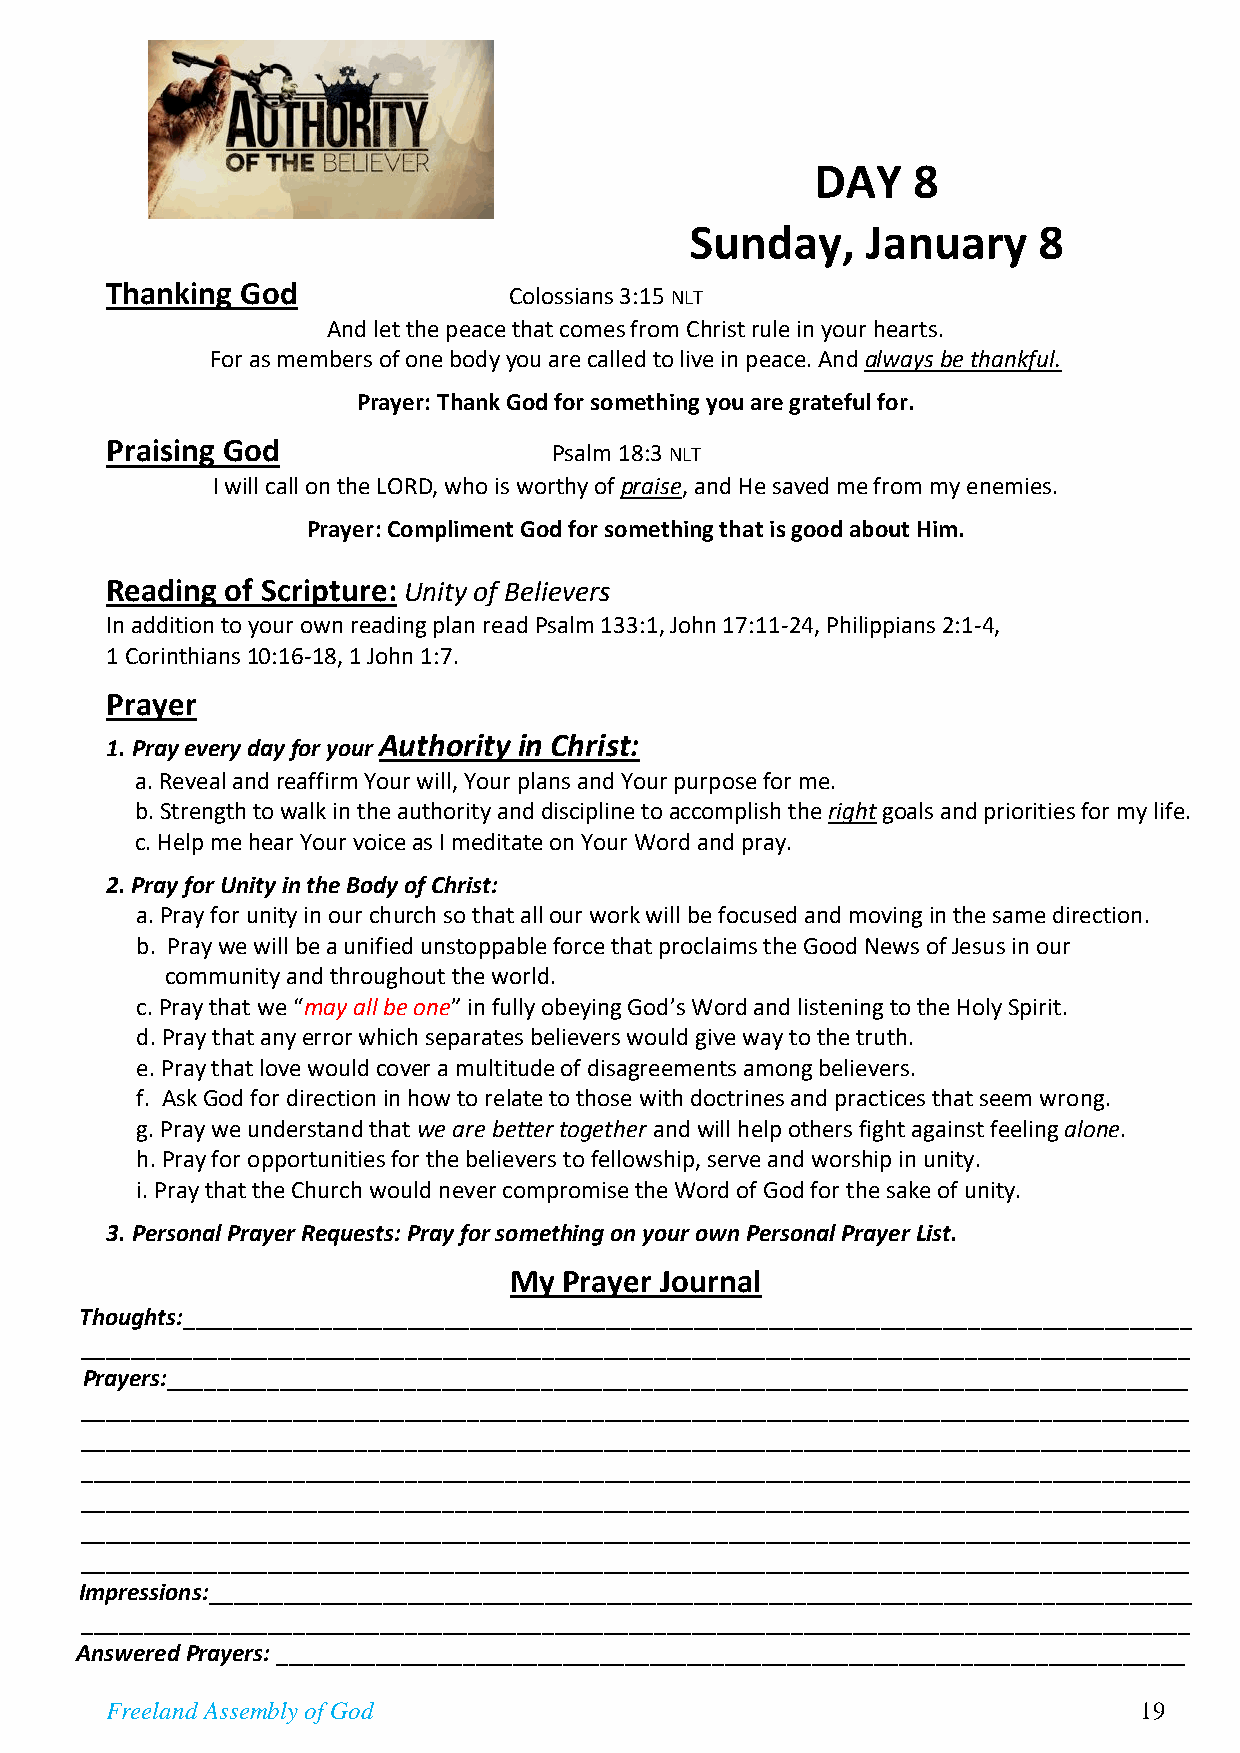
DAY   8
 Sunday,    January     8
 Thanking God               Colossians 3:15 NLT
 And let the peace that comes from Christ rule in your hearts.
 For as members of one body you are called to live in peace. And always be thankful.
 Prayer: Thank God for something you are grateful for.
 Praising God                  Psalm 18:3 NLT
 I will call on the LORD, who is worthy of praise, and He saved me from my enemies.
 Prayer: Compliment God for something that is good about Him.
 Reading of Scripture: Unity of Believers
 In addition to your own reading plan read Psalm 133:1, John 17:11-24, Philippians 2:1-4,
 1 Corinthians 10:16-18, 1 John 1:7.
 Prayer
 1. Pray every day for your Authority in Christ:
 a. Reveal and reaffirm Your will, Your plans and Your purpose for me.
 b. Strength to walk in the authority and discipline to accomplish the right goals and priorities for my life.
 c. Help me hear Your voice as I meditate on Your Word and pray.
 2. Pray for Unity in the Body of Christ:
 a. Pray for unity in our church so that all our work will be focused and moving in the same direction.
 b. Pray we will be a unified unstoppable force that proclaims the Good News of Jesus in our
 community and throughout the world.
 c. Pray that we “may all be one” in fully obeying God’s Word and listening to the Holy Spirit.
 d. Pray that any error which separates believers would give way to the truth.
 e. Pray that love would cover a multitude of disagreements among believers.
 f. Ask God for direction in how to relate to those with doctrines and practices that seem wrong.
 g. Pray we understand that we are better together and will help others fight against feeling alone.
 h. Pray for opportunities for the believers to fellowship, serve and worship in unity.
 i. Pray that the Church would never compromise the Word of God for the sake of unity.
 3. Personal Prayer Requests: Pray for something on your own Personal Prayer List.
 My Prayer Journal
 Thoughts:_________________________________________________________________________________
 _________________________________________________________________________________________
 Prayers:__________________________________________________________________________________
 _________________________________________________________________________________________
 _________________________________________________________________________________________
 _________________________________________________________________________________________
 _________________________________________________________________________________________
 _________________________________________________________________________________________
 _________________________________________________________________________________________
 Impressions:_______________________________________________________________________________
 _________________________________________________________________________________________
 Answered Prayers: _________________________________________________________________________
 Freeland Assembly of God                                            19